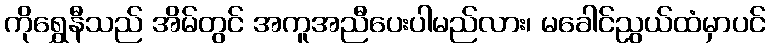
ကိုရွှေနီသည် အိမ်တွင် အကူအညီပေးပါမည်လား၊ မခေါင်ညွယ်ထံမှာပင်